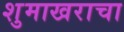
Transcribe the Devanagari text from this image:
शुमाखराचा